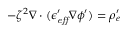
- \zeta ^ { 2 } \nabla \cdot ( \epsilon _ { \it e f f } ^ { \prime } \nabla \phi ^ { \prime } ) = \rho _ { e } ^ { \prime }